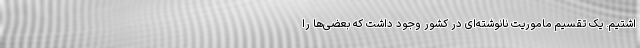
اشتیم. یک تقسیم ماموریت نانوشته‌ای در کشور وجود داشت که بعضی‌ها را